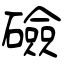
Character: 礆